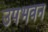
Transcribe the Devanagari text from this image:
उपभवन